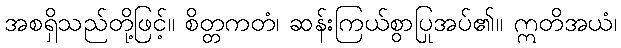
အစရှိသည်တို့ဖြင့်။ စိတ္တကတံ၊ ဆန်းကြယ်စွာပြုအပ်၏။ ဣတိအယံ၊